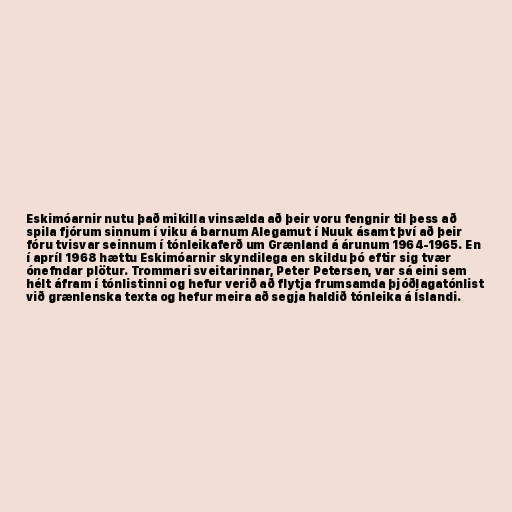
Eskimóarnir nutu það mikilla vinsælda að þeir voru fengnir til þess að
spila fjórum sinnum í viku á barnum Alegamut í Nuuk ásamt því að þeir
fóru tvisvar seinnum í tónleikaferð um Grænland á árunum 1964-1965. En
í apríl 1968 hættu Eskimóarnir skyndilega en skildu þó eftir sig tvær
ónefndar plötur. Trommari sveitarinnar, Peter Petersen, var sá eini sem
hélt áfram í tónlistinni og hefur verið að flytja frumsamda þjóðlagatónlist
við grænlenska texta og hefur meira að segja haldið tónleika á Íslandi.